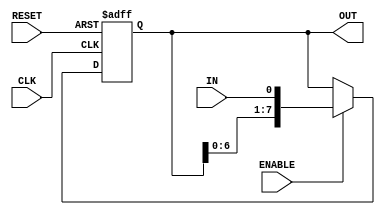
module Shift_Register_8bits(CLK,IN,RESET,ENABLE,OUT);
	input CLK;
	input IN;
	input RESET;//1
	input ENABLE;
	output reg [7:0]OUT=0;

	always @(posedge CLK or posedge RESET)begin
		if(RESET)begin
			OUT<=8'b11111111;
		end
		else begin
			if(ENABLE)begin
				OUT<={OUT[6:0],IN};
			end
			else begin
				OUT<=OUT;
			end
		end
	end
endmodule